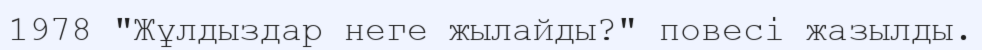
1978 "Жұлдыздар неге жылайды?" повесі жазылды.